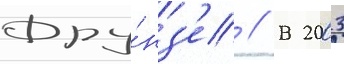
Фру́нз'е // В 2003